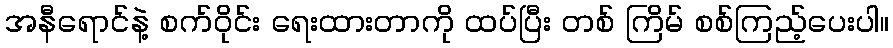
အနီရောင်နဲ့ စက်ဝိုင်း ရေးထားတာကို ထပ်ပြီး တစ် ကြိမ် စစ်ကြည့်ပေးပါ။